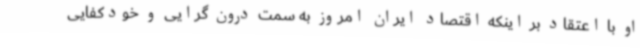
او با اعتقاد بر اینکه اقتصاد ایران امروز به سمت درون گرایی و خودکفایی